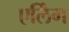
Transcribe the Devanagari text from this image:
एर्लिंग